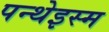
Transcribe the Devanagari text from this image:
पन्थेइस्म